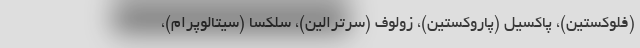
(فلوکستین)، پاکسیل (پاروکستین)، زولوف (سرترالین)، سلکسا (سیتالوپرام)،